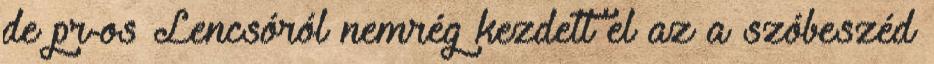
de pr-os Lencsóról nemrég kezdett el az a szóbeszéd